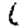
Digit: 6